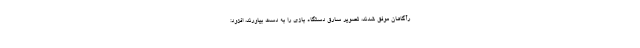
رآگاهان موفق شدند، تصویر سارق دستگاه بازی را به دست بیاورند، افزود: